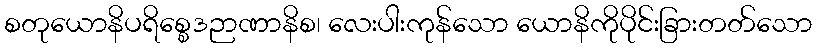
စတုယောနိပရိစ္စေဒဉာဏာနိစ၊ လေးပါးကုန်သော ယောနိကိုပိုင်းခြားတတ်သော